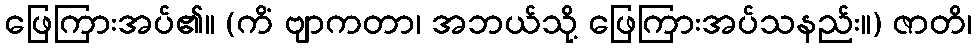
ဖြေကြားအပ်၏။ (ကိံ ဗျာကတာ၊ အဘယ်သို့ ဖြေကြားအပ်သနည်း။) ဇာတိ၊